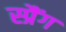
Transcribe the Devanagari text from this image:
स्प्रैंग